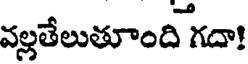
వల్లతేలుతూంది గదా!